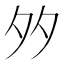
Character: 𡖇